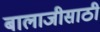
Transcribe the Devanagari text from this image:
बालाजीसाठी